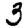
Digit: 3